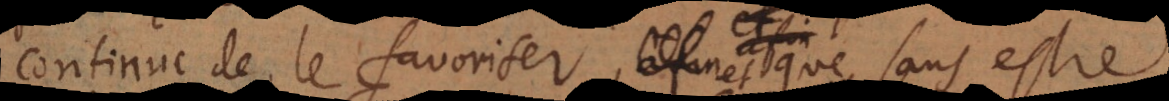
continue de le favoriser, et que sans estr